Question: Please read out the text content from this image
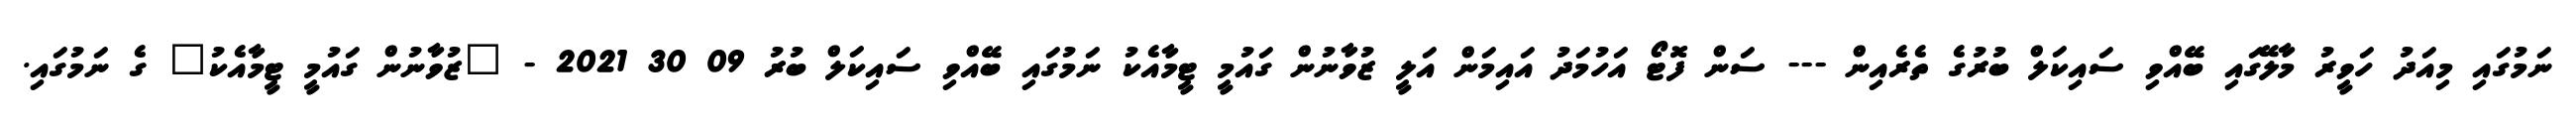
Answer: ނަމުގައި މިއަދު ހަވީރު މާލޭގައި ބޭއްވި ސައިކަލް ބުރުގެ ތެރެއިން --- ސަން ފޮޓޯ އަހުމަދު އައިމަން އަލީ ޒުވާނުން ގައުމީ ޓީމާއެކު ނަމުގައި ބޭއްވި ސައިކަލް ބުރު 09 30 2021 - "ޒުވާނުން ގައުމީ ޓީމާއެކު" ގެ ނަމުގައި.